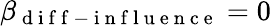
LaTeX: \beta_{\mathrm{~d~i~f~f~-~i~n~f~l~u~e~n~c~e~}}=0